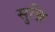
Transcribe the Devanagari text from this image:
सुन्नि